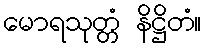
မောရသုတ္တံ နိဋ္ဌိတံ။